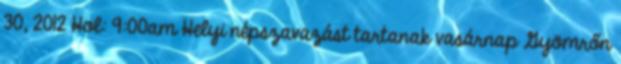
30, 2012 Hol: 9:00am Helyi népszavazást tartanak vasárnap Gyömrőn